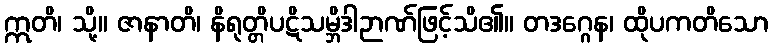
ဣတိ၊ သို့။ ဇာနာတိ၊ နိရုတ္တိပဋိသမ္ဘိဒါဉာဏ်ဖြင့်သိ၏။ တဒဂ္ဂေန၊ ထိုပကတိသော